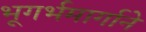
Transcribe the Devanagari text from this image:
भूगर्भमार्गाने